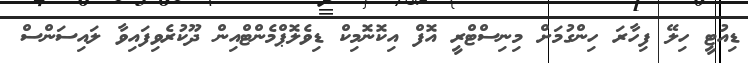
ޑިއުޓީ ހިލޭ ފިހާރަ ހިންގުމަށް މިނިސްޓްރީ އޮފް އިކޮނޮމިކް ޑިވެލޮޕްމެންޓްއިން ދޫކުރެވިފައިވާ ލައިސަންސް